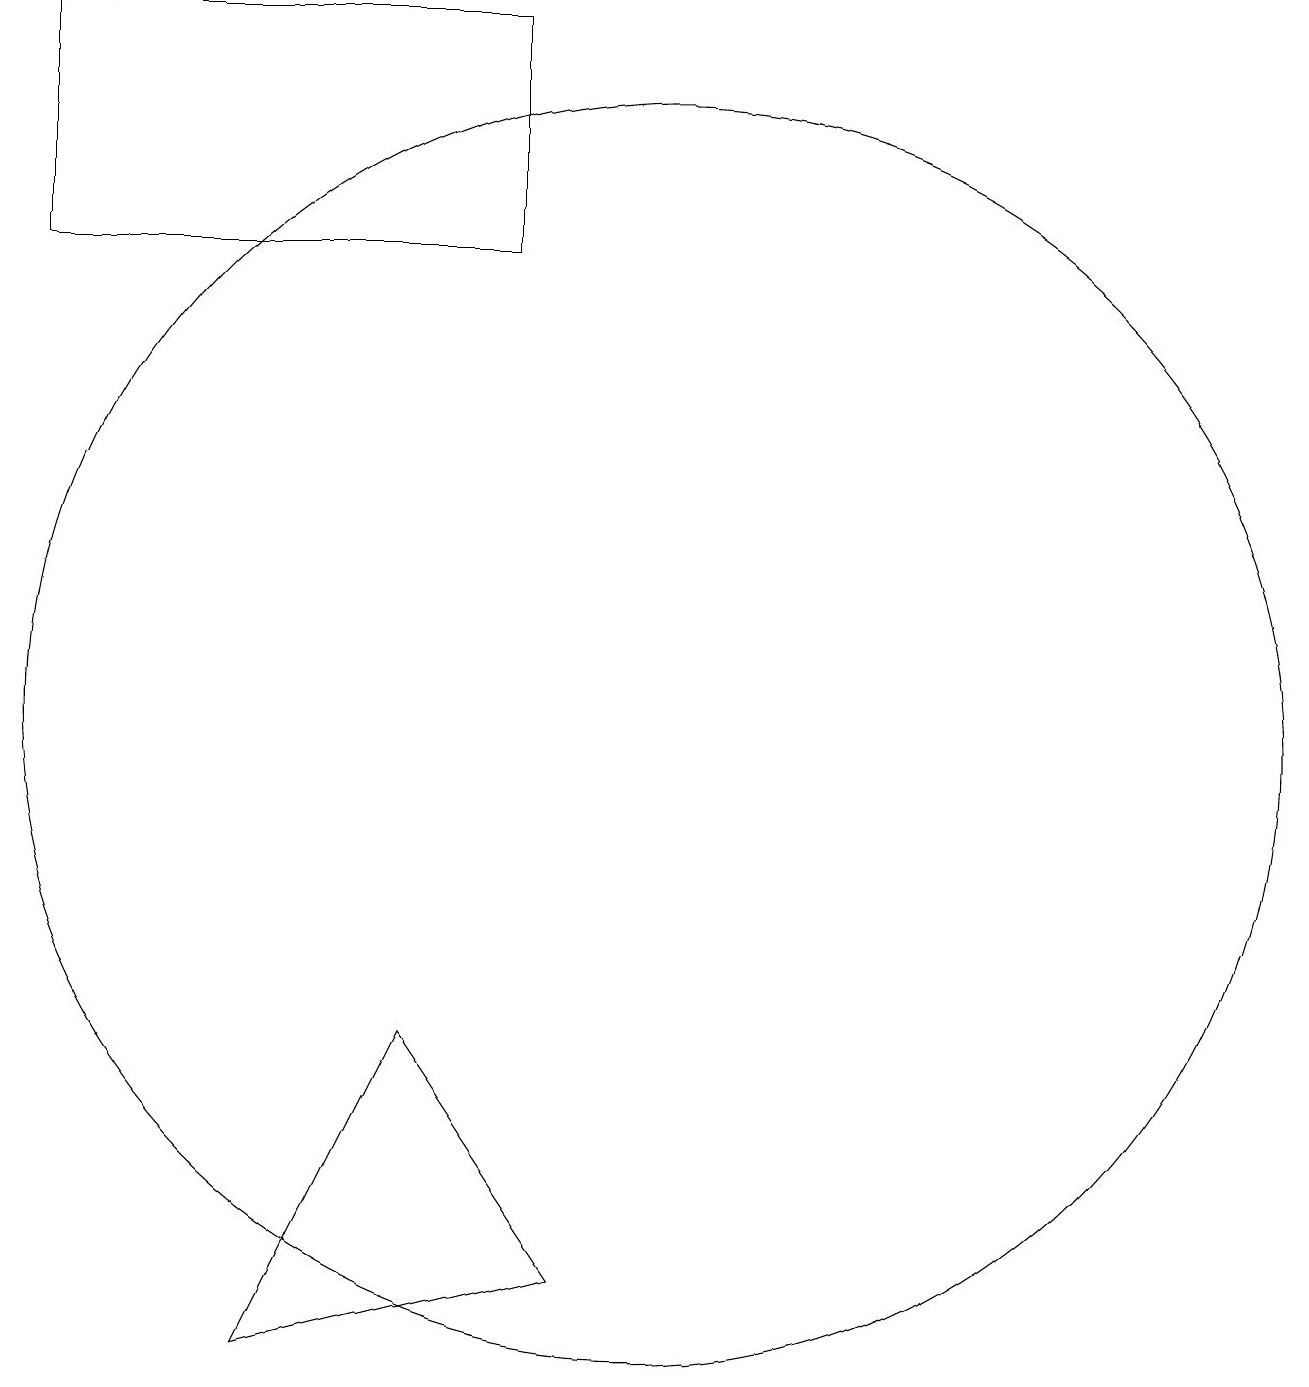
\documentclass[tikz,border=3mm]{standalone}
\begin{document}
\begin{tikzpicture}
\draw (5,2) -- (9,3) -- (7,6) -- cycle;
\draw (2,16) rectangle (8,19);
\draw (10,10) circle (8);
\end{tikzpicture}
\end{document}